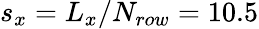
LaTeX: s_{x}=L_{x}/N_{row}=10.5